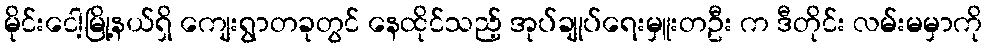
မိုင်းငေါ့မြို့နယ်ရှိ ကျေးရွာတခုတွင် နေထိုင်သည့် အုပ်ချုပ်ရေးမှူးတဦး က ဒီတိုင်း လမ်းမမှာကို